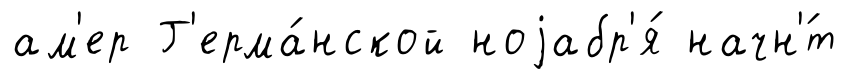
ам'ер Г'ерма́нской ноjабр'я́ начн'́т